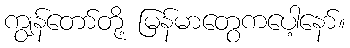
ကျွန်တော်တို့ မြန်မာတွေကပေါ့နော်။